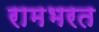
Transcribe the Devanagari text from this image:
रामभरत